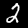
Label: 2